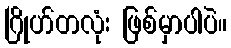
ဂြိုဟ်တလုံး ဖြစ်မှာပါပဲ။